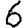
Digit: 6